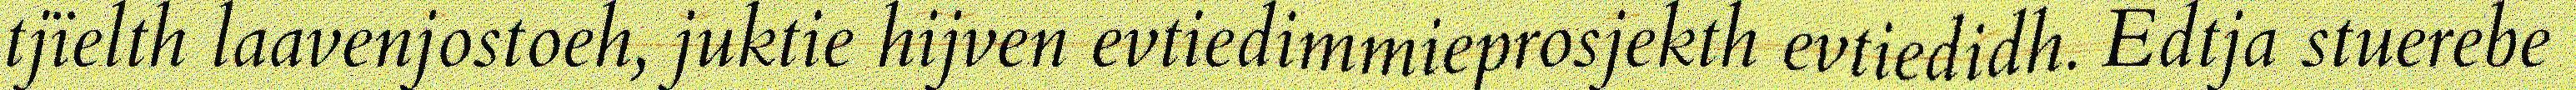
tjïelth laavenjostoeh, juktie hijven evtiedimmieprosjekth evtiedidh. Edtja stuerebe